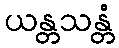
ယန္တသန္တံ